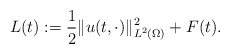
\begin{align*} L(t) := \frac{1}{2} \|u(t, \cdot)\|_{L^{2}(\Omega)}^{2} + F(t). \end{align*}